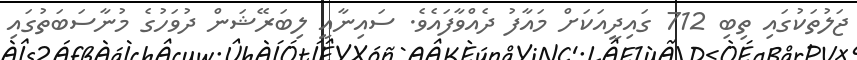
ޖަލުތަކުގައި ތިބި 712 ގައިދީއަކަށް މައާފު ދެއްވާފައެވެ. ސައިނާއީ ލިބަރޭޝަން ދުވަހުގެ މުނާސަބަތުގައި